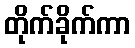
တိုက်ခိုက်ကာ